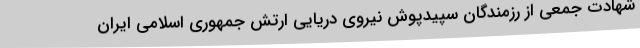
شهادت جمعی از رزمندگان سپیدپوش نیروی دریایی ارتش جمهوری اسلامی ایران